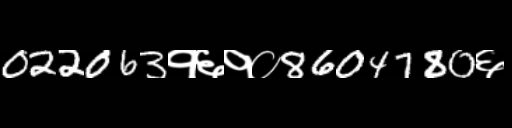
Text: 022063१६१०8604780६